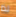
لذا